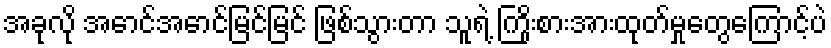
အခုလို အောင်အောင်မြင်မြင် ဖြစ်သွားတာ သူရဲ့ ကြိုးစားအားထုတ်မှုတွေကြောင့်ပဲ